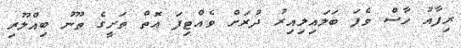
ރިފާއު ހާސް ވެފަ ބަލައިލިއިރު ދުރަށް ވެއްޓިފަ އޮތް ތަށީގެ ތޫނު ބިއްލޫރި